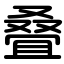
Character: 叠